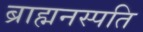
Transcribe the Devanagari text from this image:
ब्राह्मनस्पति